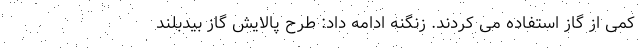
کمی از گاز استفاده می کردند. زنگنه ادامه داد: طرح پالایش گاز بیدبلند